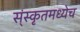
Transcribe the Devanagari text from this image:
स्ंस्कृतमध्येच